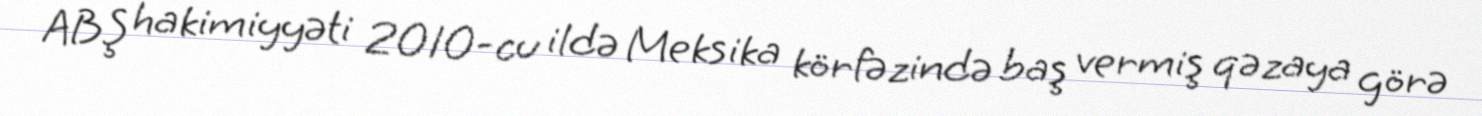
ABŞ hakimiyyəti 2010-cu ildə Meksika körfəzində baş vermiş qəzaya görə